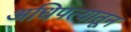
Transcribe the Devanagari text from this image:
अधिपत्यातून